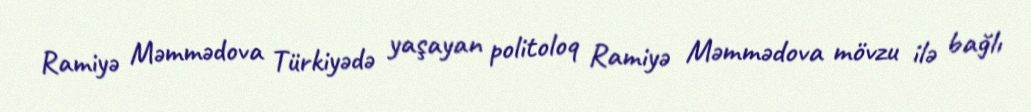
Ramiyə Məmmədova Türkiyədə yaşayan politoloq Ramiyə Məmmədova mövzu ilə bağlı